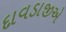
દાવડાજીએ